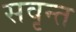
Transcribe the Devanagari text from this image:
सवृन्त